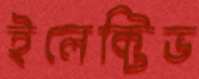
ইলেক্টিভ